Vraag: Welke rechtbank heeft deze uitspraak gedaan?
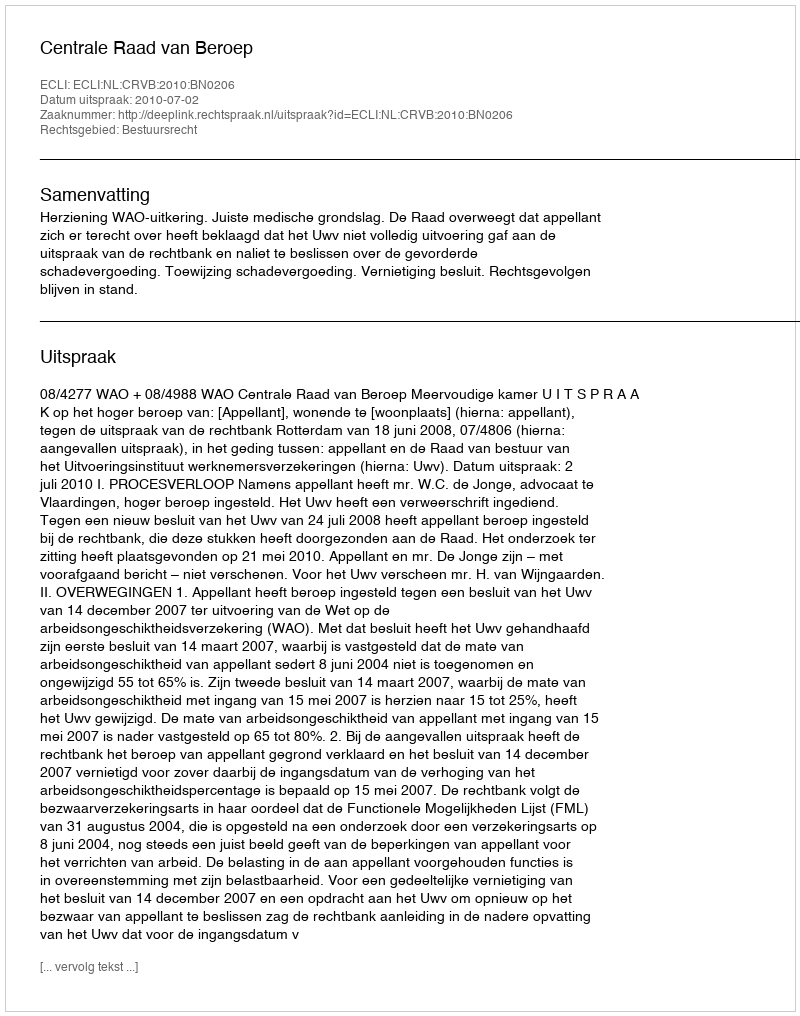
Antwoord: Centrale Raad van Beroep